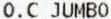
O.C JUMBO